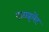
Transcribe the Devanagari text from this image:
एजाइलेंट